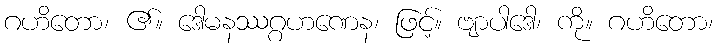
ဂဟိတော၊ ၏။ ဒေါမနဿဂ္ဂဟဏေန၊ ဖြင့်။ ဗျာပါဒေါ၊ ကို။ ဂဟိတော၊